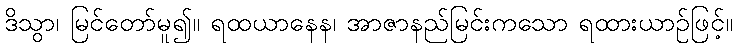
ဒိသွာ၊ မြင်တော်မူ၍။ ရထယာနေန၊ အာဇာနည်မြင်းကသော ရထားယာဉ်ဖြင့်။